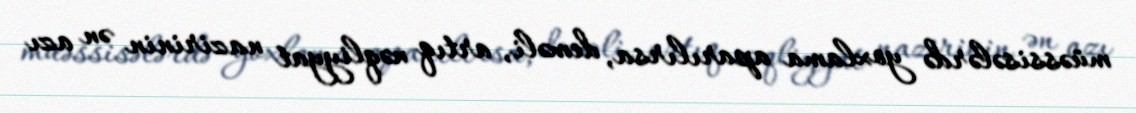
müəssisələrdə yoxlama aparılırsa, deməli, artıq nəqliyyat nazirinin ən azı